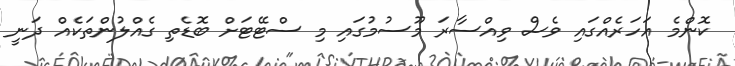
ކޮންމެ އަހަރެއްގައި ވެސް ވިއްސާރަ މޫސުމުގައި މި ސްޓޭޓަށް ބޮޑެތި ގެއްލުންތަކެއް ދަނީ